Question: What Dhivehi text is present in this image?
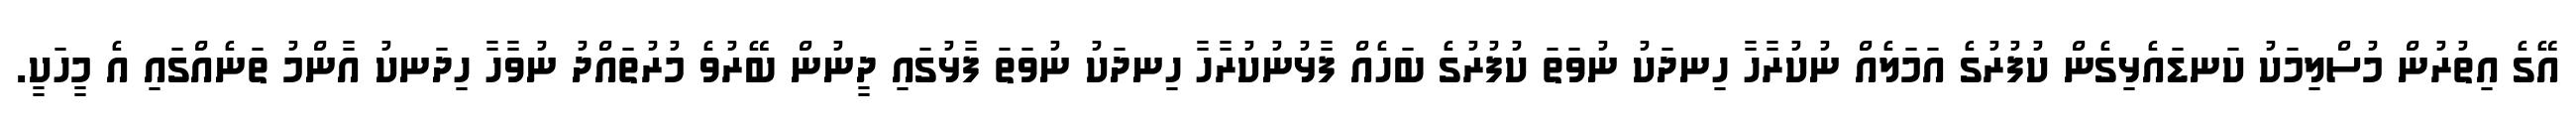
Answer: އޭގެ އިތުރުން މުސްލިމަކު ކަނޑައެޅިގެން ކުފުރުގެ އަމަލެއް ނުކުރާހާ ހިނދަކު ނުވަތަ ކުފުރުގެ ބަހެއް ފާޅުނުކުރާހާ ހިނދަކު ނުވަތަ ފާޅުގައި ދީނުން ބޭރުވެ މުރުތައްދު ނުވާހާ ހިދަނކު އާންމު ތަނެއްގައި އެ މީހަކީ.